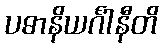
ပဓာနိယင်္ဂါနီတိ